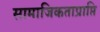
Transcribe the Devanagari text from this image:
सामाजिकताप्राप्ति